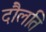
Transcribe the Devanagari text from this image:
दौलति